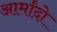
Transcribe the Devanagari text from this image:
आर्मांदो